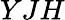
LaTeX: YJH